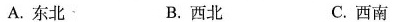
A.东北﹑ B.西北 C.西南